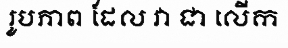
រូបភាព ដែល វា ជា លើក